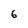
Character: 6